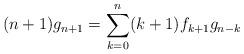
LaTeX: \begin{align*}(n+1)g_{n+1}=\sum_{k=0}^n (k+1) f_{k+1} g_{n-k}\end{align*}